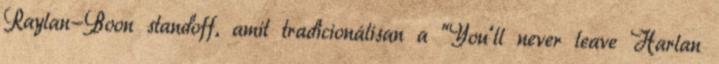
Raylan-Boon standoff, amit tradicionálisan a “You’ll never leave Harlan